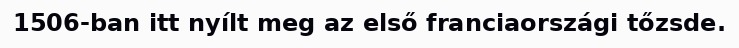
1506-ban itt nyílt meg az első franciaországi tőzsde.